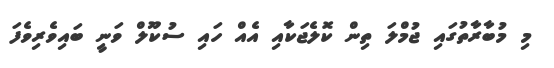
މި މުބާރާތުގައި ޖުމްލަ ތިން ކޮލެޖަކާއި އެއް ހައި ސުކޫލް ވަނީ ބައިވެރިވެފަ